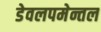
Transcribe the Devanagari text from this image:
डेवलपमेन्तल